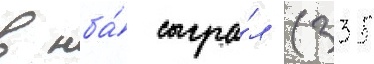
в нба́ сыгра́л 1335